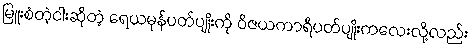
မြူးစံတဲ့ငါးဆိုတဲ့ ရေယမုန်ပတ်ပျိုးကို ဝိဇယကာရီပတ်ပျိုးကလေးလို့လည်း